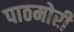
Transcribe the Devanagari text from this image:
पाठमोरी